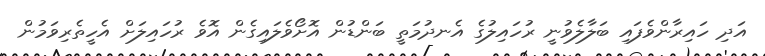
އަދި ހައިރާންވެފައި ބަލާލެވުނީ ރުހައިލުގެ އެނދުމަތީ ބަންޑުން އޮށޯވެލައިގެން އޮވެ ރުހައިލަށް އެހީތެރިވަމުން